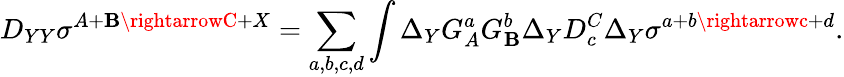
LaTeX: D_{YY}\sigma^{A+\mathbf{B}\rightarrowC+X}=\sum_{a,b,c,d}\int\Delta_{Y}G_{A}^{a}G_{\mathbf{B}}^{b}\Delta_{Y}D_{c}^{C}\Delta_{Y}\sigma^{a+b\rightarrowc+d}.